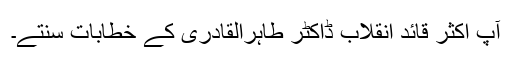
آپ اکثر قائد انقلاب ڈاکٹر طاہرالقادری کے خطابات سنتے۔